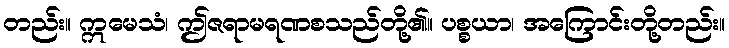
တည်း။ ဣမေသံ၊ ဤဇရာမရဏစသည်တို့၏။ ပစ္စယာ၊ အကြောင်းတို့တည်း။